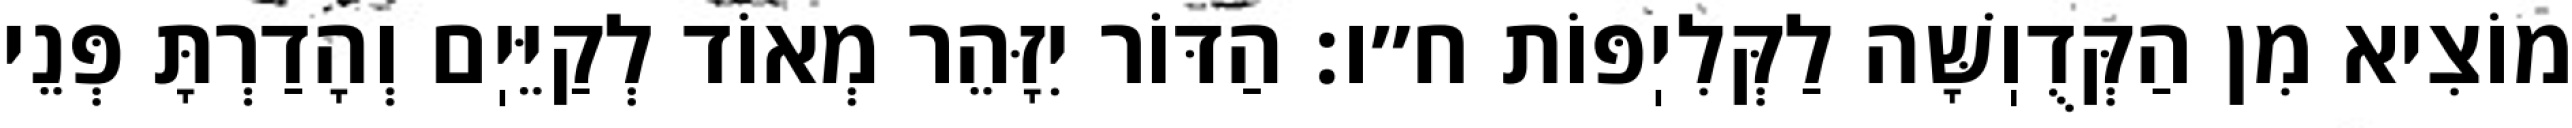
מוֹצִיא מִן הַקְּדֻוֽשָּׁה לַקְּלִיֽפּוֹת ח״ו: הַדּוֹר יִזָּהֵר מְאוֹד לְקַיֵּיֽם וְהָדַרְתָּ פְּנֵי